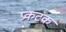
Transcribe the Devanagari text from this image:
प्रकटक